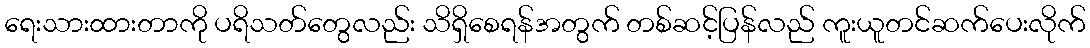
ရေးသားထားတာကို ပရိသတ်တွေလည်း သိရှိစေရန်အတွက် တစ်ဆင့်ပြန်လည် ကူးယူတင်ဆက်ပေးလိုက်